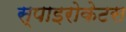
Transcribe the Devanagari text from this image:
स्पाइरोकेटस